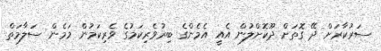
ސަރުކާރަށް ދޭ ގޮތަށް ދޫކޮށްލުން އެއީ އެމެންގެ ބިރުވެރިކަމުގެ ވެރިކަމުން މަމެން ސަލާމަތް